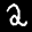
Label: 2